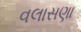
વલાસણા